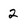
Character: 2